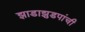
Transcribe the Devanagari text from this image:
झाडाझुडपांची